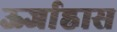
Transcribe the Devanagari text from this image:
ऊर्जाह्रास